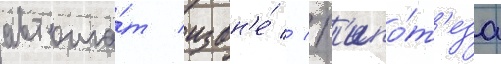
автома́т извн'е́ // Г'ипо́т'еза